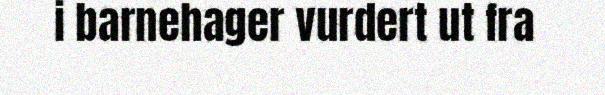
i barnehager vurdert ut fra